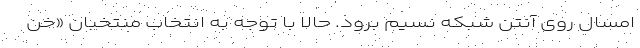
امسال روی آنتن شبکه نسیم برود. حالا با توجه به انتخاب منتخبان «خن